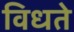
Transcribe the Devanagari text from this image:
विधते